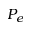
P _ { e }